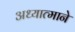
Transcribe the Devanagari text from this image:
अध्यात्माने